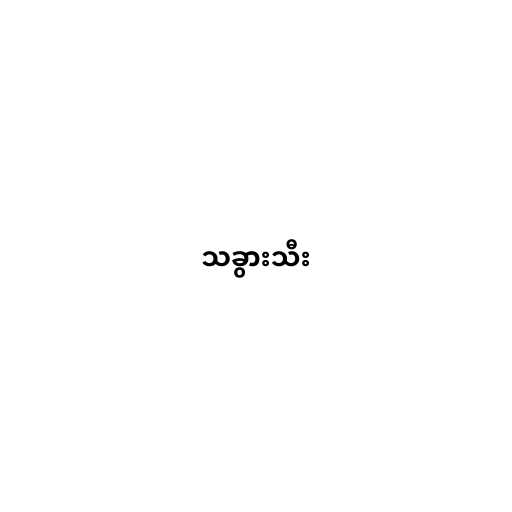
သခွားသီး